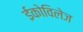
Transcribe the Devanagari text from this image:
ईकोविलेज